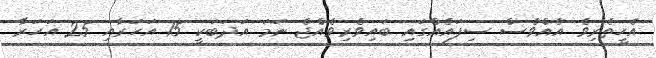
އެހީތެރިވެ އެއްވެސް ސިފައެއްގައި ބައިވެރިވެއްޖެ ނަމަ އަދަބަކީ 15 އަހަރާއި 25 އަހަރާ